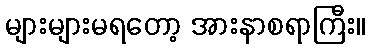
များများမရတော့ အားနာစရာကြီး။